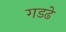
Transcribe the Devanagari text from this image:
गडढे